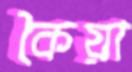
কৈয়া